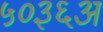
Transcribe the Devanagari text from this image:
५०३६अ